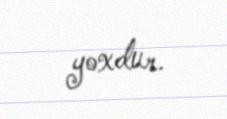
yoxdur.